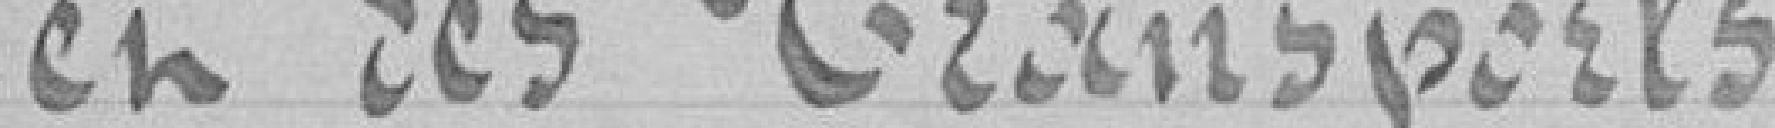
et des Transports